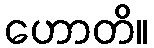
ဟောတိ။